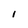
Character: l